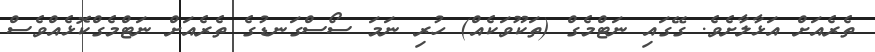
ތެރެއަށް އަޅާލާށެވެ. ގޭގައި ނަޓްމެގް (ތަކޫވަކެއް) ހުރި ނަމަ ސޯސްގަނޑުގެ ތެރެއަށް ނަޓްމެގްކޮޅެއްވެސް